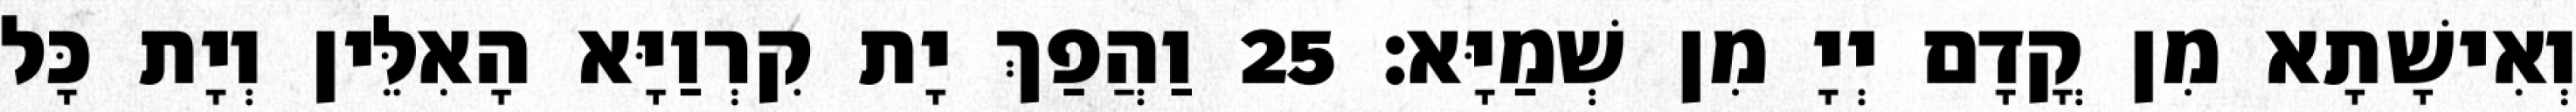
וְאִישָׁתָא מִן קֳדָם יְיָ מִן שְׁמַיָּא׃ 25 וַהֲפַךְ יָת קִרְוַיָּא הָאִלֵּין וְיָת כָּל